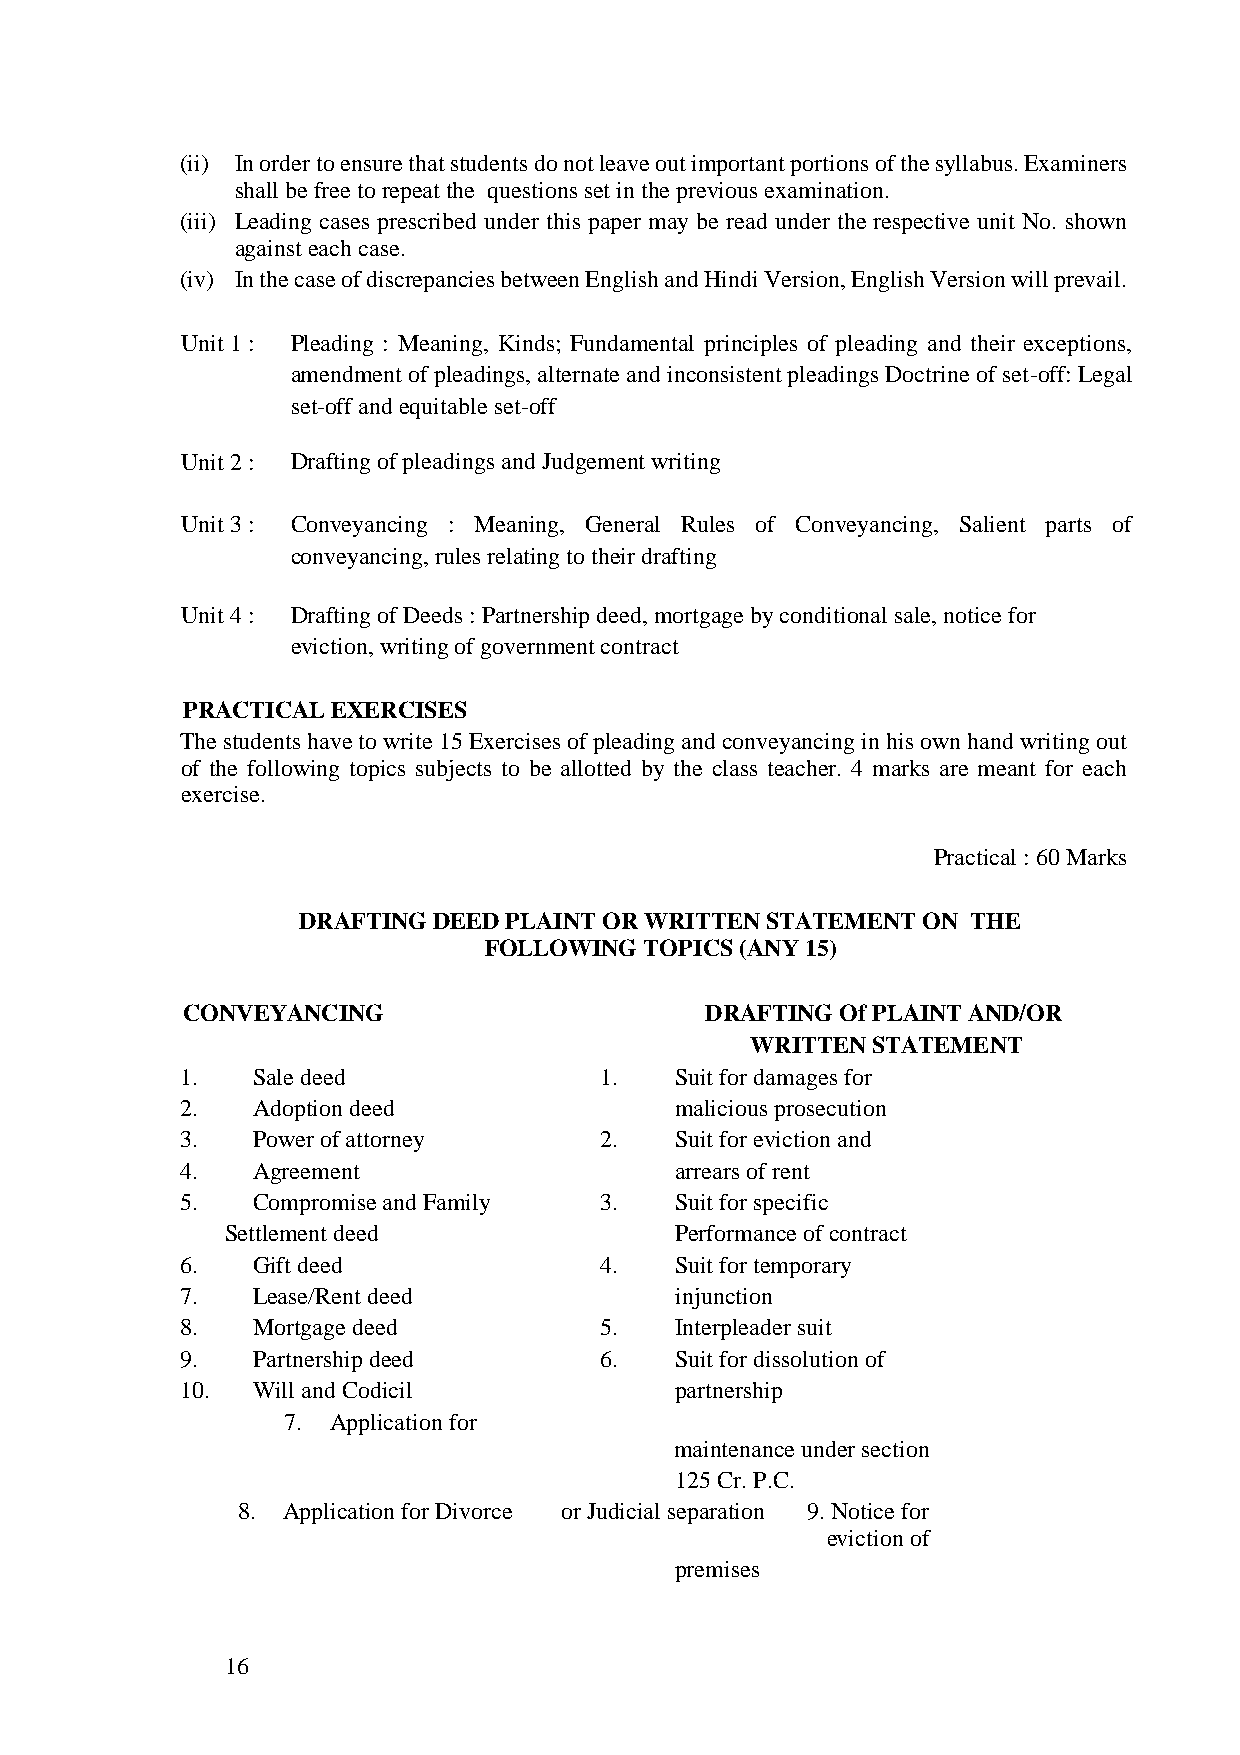
(ii) In order to ensure that students do not leave out important portions of the syllabus. Examiners
 shall be free to repeat the questions set in the previous examination.
 (iii) Leading cases prescribed under this paper may be read under the respective unit No. shown
 against each case.
 (iv) In the case of discrepancies between English and Hindi Version, English Version will prevail.
 Unit 1 : Pleading : Meaning, Kinds; Fundamental principles of pleading and their exceptions,
 amendment of pleadings, alternate and inconsistent pleadings Doctrine of set-off: Legal
 set-off and equitable set-off
 Unit 2 : Drafting of pleadings and Judgement writing
 Unit 3 : Conveyancing : Meaning, General Rules of Conveyancing, Salient parts of
 conveyancing, rules relating to their drafting
 Unit 4 : Drafting of Deeds : Partnership deed, mortgage by conditional sale, notice for
 eviction, writing of government contract
 PRACTICAL EXERCISES
 The students have to write 15 Exercises of pleading and conveyancing in his own hand writing out
 of the following topics subjects to be allotted by the class teacher. 4 marks are meant for each
 exercise.
 Practical : 60 Marks
 DRAFTING DEED PLAINT OR WRITTEN STATEMENT ON THE
 FOLLOWING  TOPICS (ANY 15)
 CONVEYANCING                       DRAFTING Of PLAINT AND/OR
 WRITTEN STATEMENT
 1.   Sale deed              1.   Suit for damages for
 2.   Adoption deed               malicious prosecution
 3.   Power of attorney      2.   Suit for eviction and
 4.   Agreement                   arrears of rent
 5.   Compromise and Family  3.   Suit for specific
 Settlement deed               Performance of contract
 6.   Gift deed              4.   Suit for temporary
 7.   Lease/Rent deed             injunction
 8.   Mortgage deed          5.   Interpleader suit
 9.   Partnership deed       6.   Suit for dissolution of
 10.  Will and Codicil            partnership
 7. Application for
 maintenance under section
 125 Cr. P.C.
 8. Application for Divorce or Judicial separation 9. Notice for
 eviction of
 premises
 16